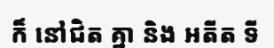
ក៏ នៅជិត គ្នា និង អតីត ទី